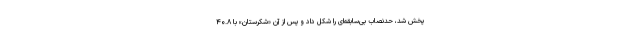
پخش شد، حدنصاب بی‌سابقه‌ای را شکل داد و پس‌ از آن «شکرستان» با ۴۰.۸